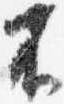
不